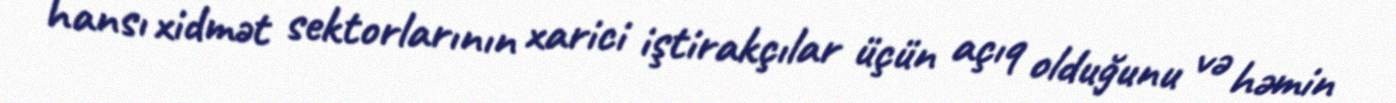
hansı xidmət sektorlarının xarici iştirakçılar üçün açıq olduğunu və həmin